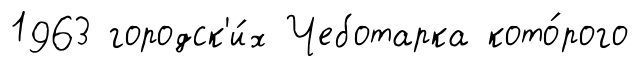
1963 городск'и́х Чеботарка кото́рого